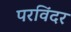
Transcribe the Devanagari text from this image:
परविंदर